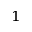
^ { 1 }